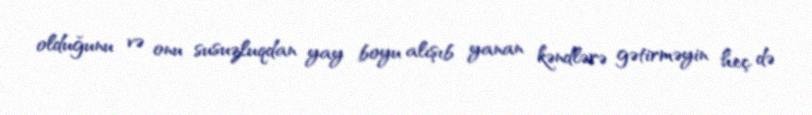
olduğunu və onu susuzluqdan yay boyu alışıb yanan kəndlərə gətirməyin heç də